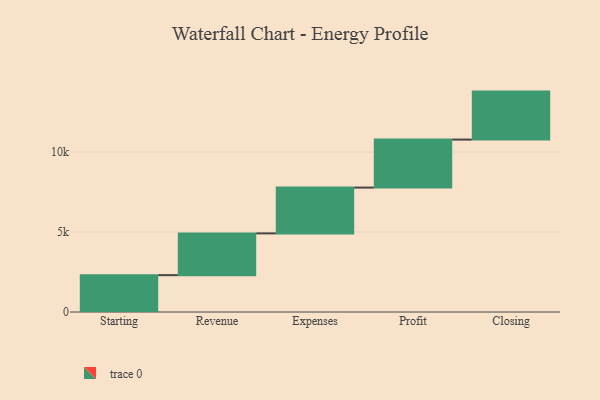
{"axis": {"x": "Step", "y": "Value"}, "legend": [""], "data": [{"x": "Starting", "y": 2304.0, "type": ""}, {"x": "Revenue", "y": 2610.0, "type": ""}, {"x": "Expenses", "y": 2863.0, "type": ""}, {"x": "Profit", "y": 3000, "type": ""}, {"x": "Closing", "y": 3000, "type": ""}]}